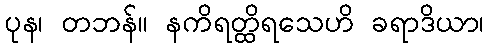
ပုန၊ တဘန်။ နကိရတ္ထိရသေဟိ ခရာဒိယာ၊